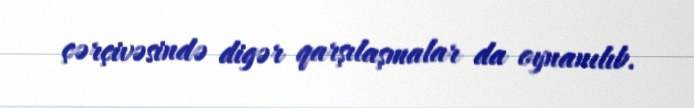
çərçivəsində digər qarşılaşmalar da oynanılıb.